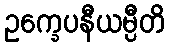
ဥက္ခေပနီယမ္ပီတိ